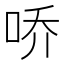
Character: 𪡀